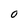
Character: O